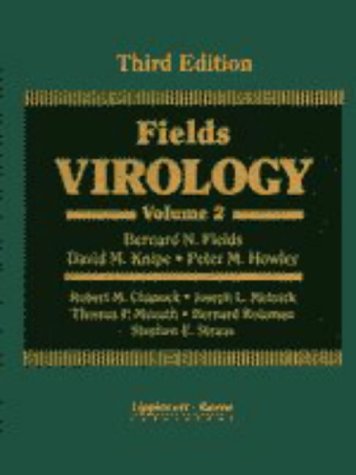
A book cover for Fields Virology (2-Volume Set); Medical Books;